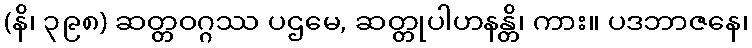
(နိ၊ ၃၉၈) ဆတ္တဝဂ္ဂဿ ပဌမေ, ဆတ္တုပါဟနန္တိ၊ ကား။ ပဒဘာဇနေ၊